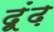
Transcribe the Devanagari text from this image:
दूंढ़